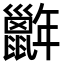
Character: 𢆭